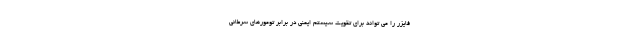
فایزر را می تواند برای تقویت سیستم ایمنی در برابر تومورهای سرطانی